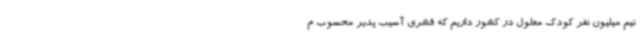
نیم میلیون نفر کودک معلول در کشور داریم که قشری آسیب پدیر محسوب م